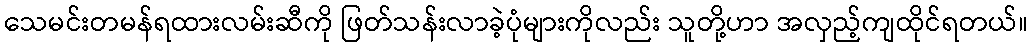
သေမင်းတမန်ရထားလမ်းဆီကို ဖြတ်သန်းလာခဲ့ပုံများကိုလည်း သူတို့ဟာ အလှည့်ကျထိုင်ရတယ်။